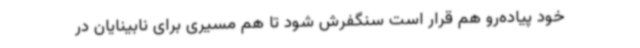
خود پیاده‌رو هم قرار است سنگفرش شود تا هم مسیری برای نابینایان در